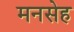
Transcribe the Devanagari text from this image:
मनसेह